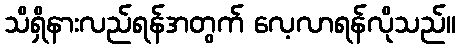
သိရှိနားလည်ရန်အတွက် လေ့လာရန်လိုသည်။